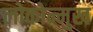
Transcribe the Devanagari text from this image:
लोकोन्मुख